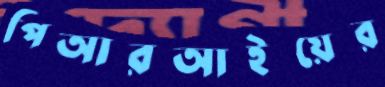
পিআরআইয়ের